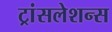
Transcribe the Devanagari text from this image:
ट्रांसलेशन्स